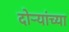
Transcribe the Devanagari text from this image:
दोऱ्यांच्या